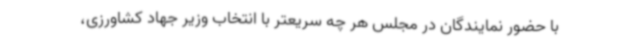
با حضور نمایندگان در مجلس هر چه سریعتر با انتخاب وزیر جهاد کشاورزی،